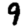
Digit: 9